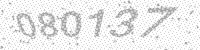
Solution: 080137